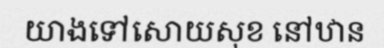
យាងទៅសោយសុខ នៅឋាន